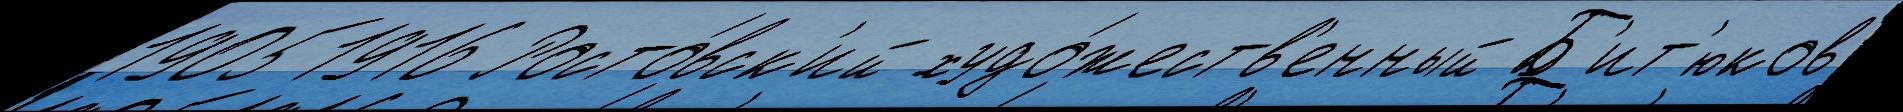
19051916 Росто́вск'ий худо́жеств'енный Б'ит'юков